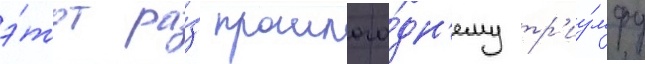
э́тот ра́з прошлого́дн'ему тр'иу́мфу